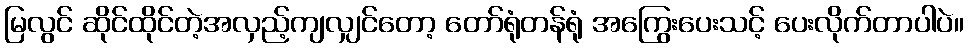
မြလွင် ဆိုင်ထိုင်တဲ့အလှည့်ကျလျှင်တော့ တော်ရုံတန်ရုံ အကြွေးပေးသင့် ပေးလိုက်တာပါပဲ။